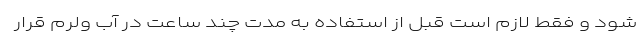
شود و فقط لازم است قبل از استفاده به مدت چند ساعت در آب ولرم قرار